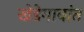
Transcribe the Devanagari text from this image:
खेडेगावांत